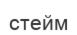
стейм